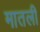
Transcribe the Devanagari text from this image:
मातली